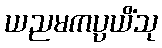
ယညမကပ္ပယိံသု